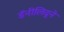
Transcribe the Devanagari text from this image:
डॅनीलिदूने